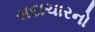
સદાચારનો